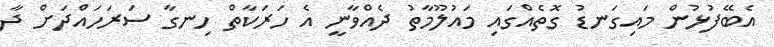
އެބޭފުޅުން މައިގަނޑު ގޮތެއްގައި މައުލޫމާތު ދެއްވާނީ އެ ހަރަކާތް ހިނގާ ސަރަހައްދަށް ދާ